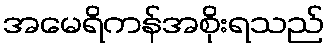
အမေရိကန်အစိုးရသည်